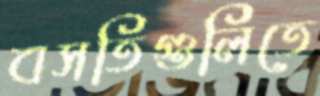
বসতিগুলিতে